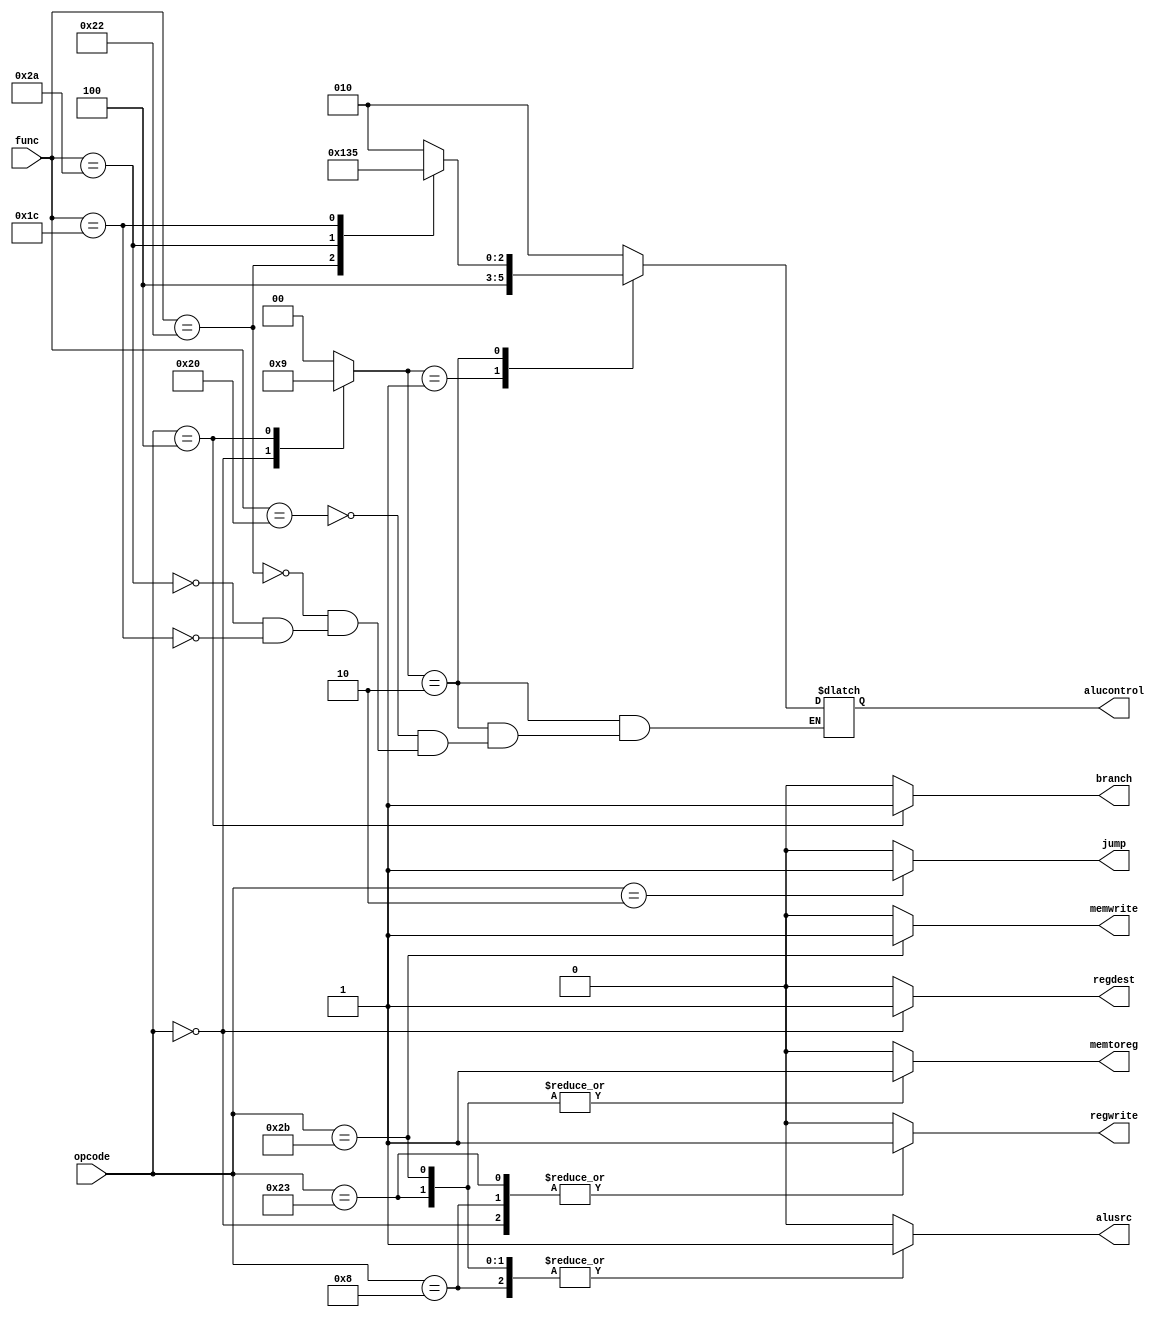
module ControlUnit (
input wire [5:0] opcode,func ,
output reg jump ,
output reg memtoreg ,memwrite ,branch ,alusrc ,regdest ,regwrite,
output reg [2:0] alucontrol
);
reg [1:0] aluop;

always @(*)
    begin 
        case(opcode)
        6'b100011:begin jump=0 ;aluop=00 ;memwrite=0 ;regwrite=1 ; regdest=0 ;alusrc=1 ;memtoreg=1 ;branch=0 ; end
        6'b101011:begin jump=0 ;aluop=00 ;memwrite=1 ;regwrite=0 ; regdest=0 ;alusrc=1 ;memtoreg=1 ;branch=0 ; end
        6'b000000:begin jump=0 ;aluop=10 ;memwrite=0 ;regwrite=1 ; regdest=1 ;alusrc=0 ;memtoreg=0 ;branch=0 ; end
        6'b001000:begin jump=0 ;aluop=00 ;memwrite=0 ;regwrite=1 ; regdest=0 ;alusrc=1 ;memtoreg=0 ;branch=0 ; end
        6'b000100:begin jump=0 ;aluop=01 ;memwrite=0 ;regwrite=0 ; regdest=0 ;alusrc=0 ;memtoreg=0 ;branch=1 ; end
        6'b000010:begin jump=1 ;aluop=00 ;memwrite=0 ;regwrite=0 ; regdest=0 ;alusrc=0 ;memtoreg=0 ;branch=0 ; end
        default:  begin jump=0 ;aluop=00 ;memwrite=0 ;regwrite=0 ; regdest=0 ;alusrc=0 ;memtoreg=0 ;branch=0 ; end
        
        endcase


        case(aluop)
        2'b00:alucontrol=3'b010;
        2'b01:alucontrol=3'b100;
        2'b10:case(func)
              6'b100000:alucontrol=3'b010;
              6'b100010:alucontrol=3'b100;
              6'b101010:alucontrol=3'b110;
              6'b011100:alucontrol=3'b101; endcase

        default:alucontrol=3'b010;
        
        endcase
    end
endmodule